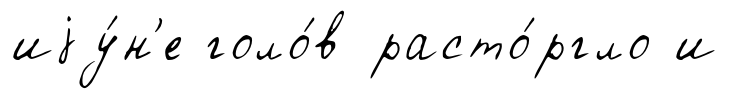
иjу́н'е голо́в расто́ргло и